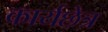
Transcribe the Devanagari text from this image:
कार्यछेत्र